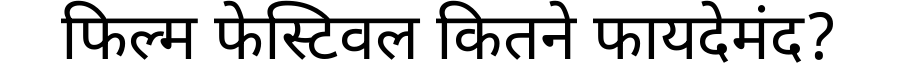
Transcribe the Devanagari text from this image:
फिल्म फेस्टिवल कितने फायदेमंद?